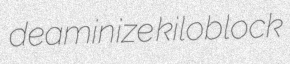
deaminize kiloblock